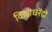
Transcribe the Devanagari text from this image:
विद्याधरेंद्रो